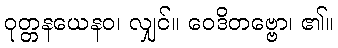
ဝုတ္တနယေနဝ၊ လျှင်။ ဝေဒိတဗ္ဗော၊ ၏။